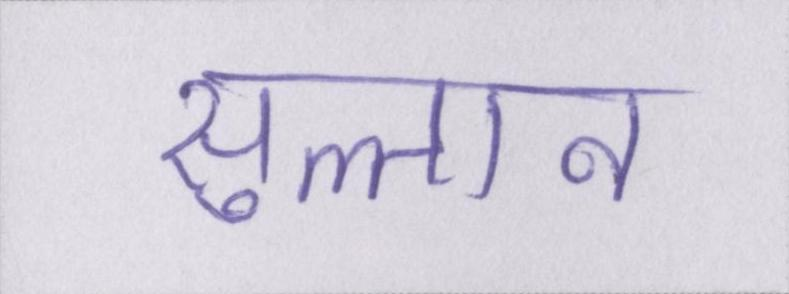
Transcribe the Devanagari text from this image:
सुल्तान